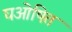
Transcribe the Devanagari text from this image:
घओषित